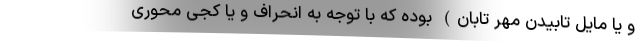
و یا مایل تابیدن مهر تابان) بوده که با توجه به انحراف و یا کجی محوری